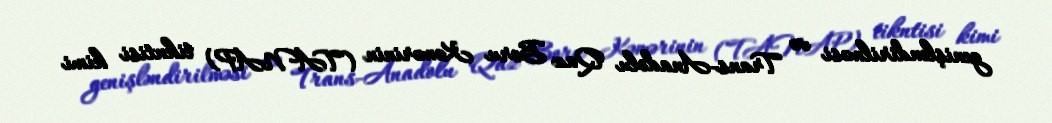
genişləndirilməsi və Trans-Anadolu Qaz Boru Kəmərinin (TANAP) tikntisi kimi